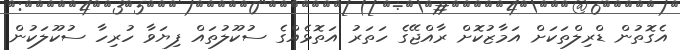
އެގޮތުން ޑްރިލްތަކަށް އަމާޒުކޮށް ރާއްޖޭގެ ހަތަރު އަތޮޅެއްގެ ސުކޫލުތައް ފިޔަވާ ހުރިހާ ސުކޫލަކުން